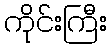
ကိုင်းကြီး